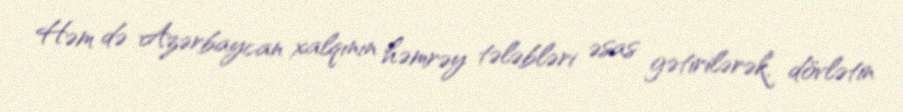
Həm də Azərbaycan xalqının həmrəy tələbləri əsas gətirilərək, dövlətin